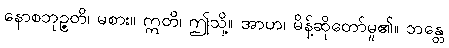
နောစဘုဉ္ဇတိ၊ မစား။ ဣတိ၊ ဤသို့။ အာဟ၊ မိန့်ဆိုတော်မူ၏။ ဘန္တေ